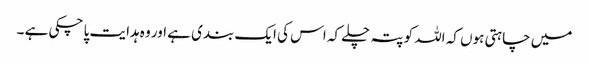
میں چاہتی ہوں کہ اللہ کو پتہ چلے کہ اس کی ایک بندی ہے اور وہ ہدایت پا چکی ہے ۔